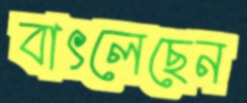
বাৎলেছেন